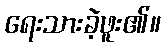
ရေးသားခဲ့ဖူး၏။